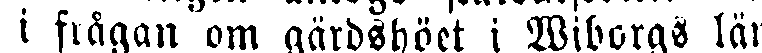
i frågan om gärdshöet i Wiborgs län.